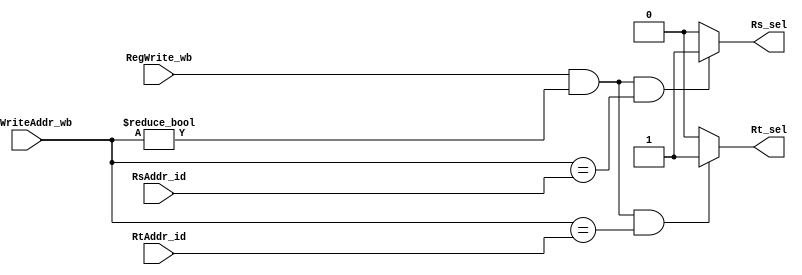
//It is not WRITE FIRST READ LAST so we have to forward the data we have beening writing to ID
module WBtoID(
	input [4:0]RsAddr_id,
	input [4:0]RtAddr_id,
	input [4:0]RegWriteAddr_wb,
	input RegWrite_wb,

	output reg Rs_sel,
	output reg Rt_sel
);
	always@(*)
	begin
		if(RegWrite_wb && (RegWriteAddr_wb != 0) && (RegWriteAddr_wb == RsAddr_id))
			Rs_sel <= 1;
		else
			Rs_sel = 0;

		if(RegWrite_wb && (RegWriteAddr_wb != 0) && (RegWriteAddr_wb == RtAddr_id))
			Rt_sel <= 1;
		else
			Rt_sel <= 0;
	end
endmodule